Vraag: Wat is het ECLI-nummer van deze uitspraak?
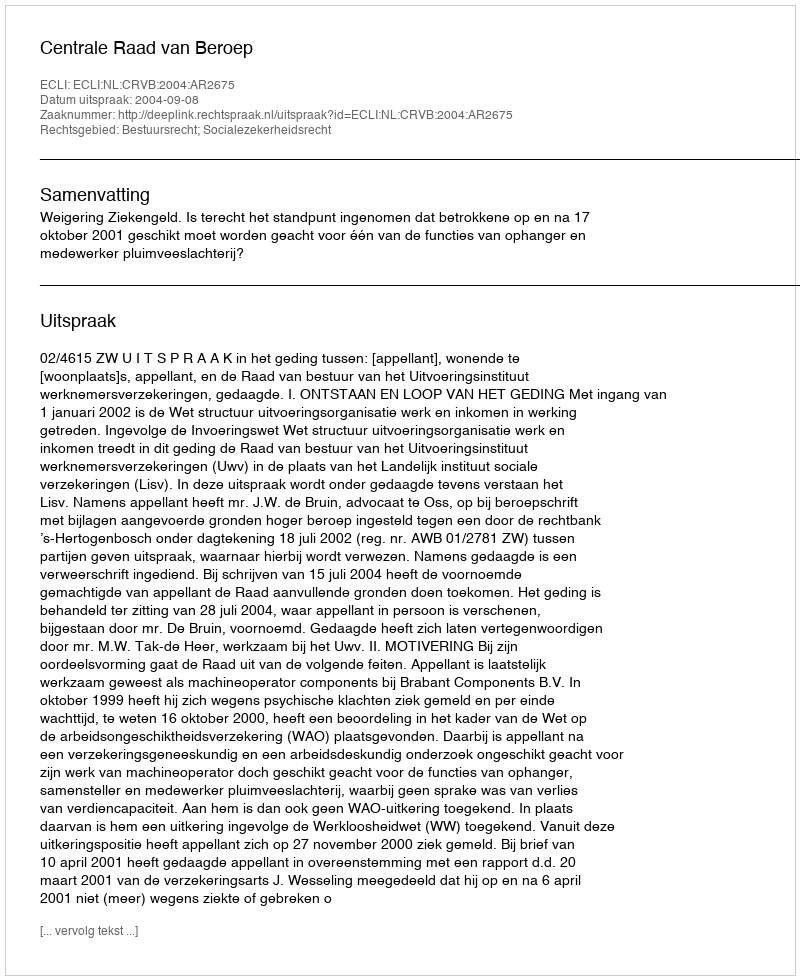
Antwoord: ECLI:NL:CRVB:2004:AR2675